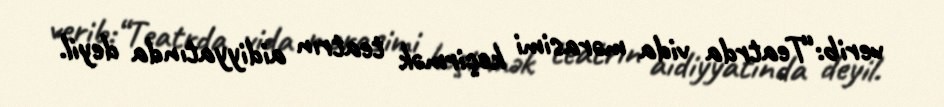
verib:“Teatrda vida mərasimi keçirmək teatrın aidiyyatında deyil.